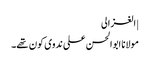
| الغزالی
مولانا ابوالحسن علی ندوی کون تھے۔